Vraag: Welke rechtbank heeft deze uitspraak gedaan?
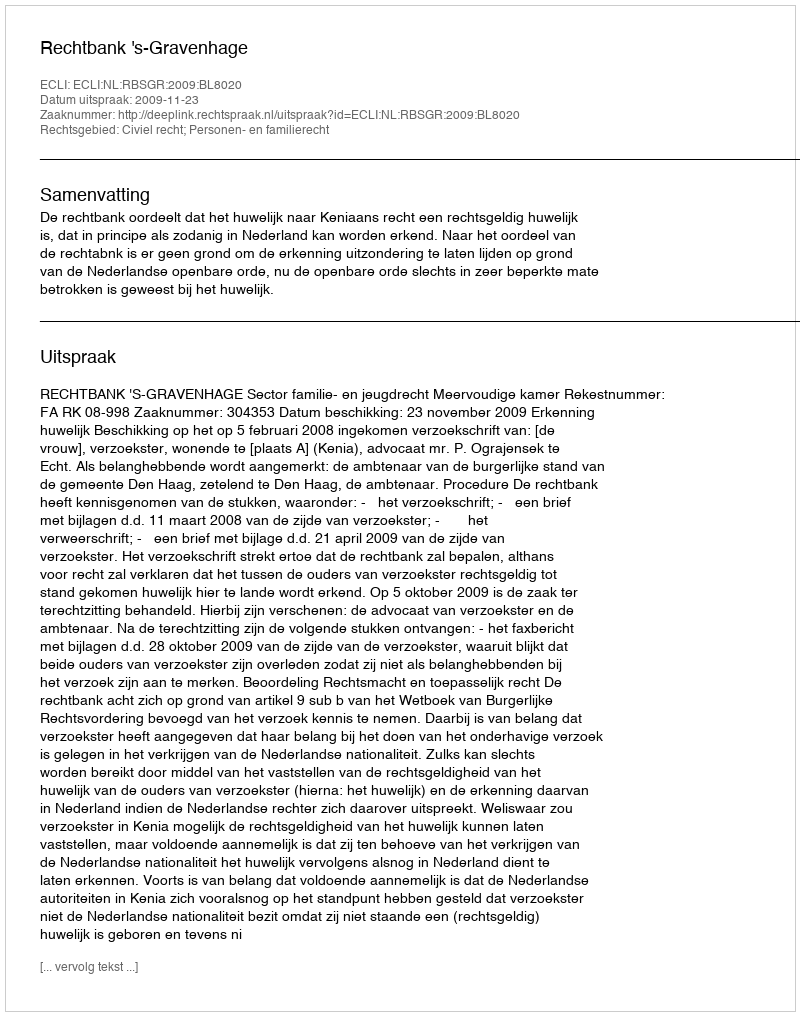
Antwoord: Rechtbank 's-Gravenhage